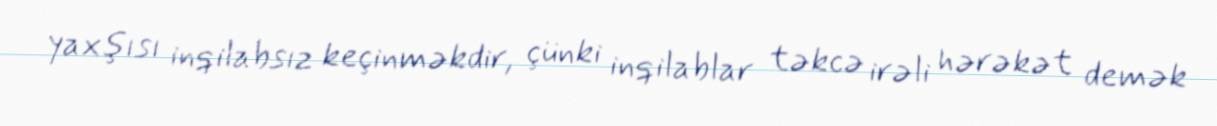
yaxşısı inqilabsız keçinməkdir, çünki inqilablar təkcə irəli hərəkət demək